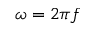
\omega = 2 \pi f